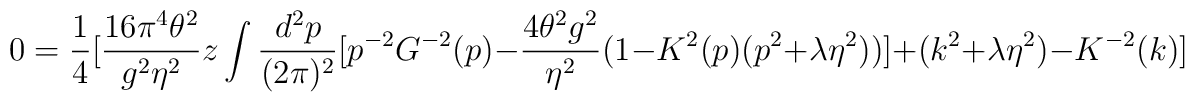
0=\frac{1}{4}[\frac{16 \pi^4 \theta^2}{g^2 \eta^2}z\int\frac{d^2p}{(2\pi)^2}[p^{-2}G^{-2}(p)-\frac{4\theta^2g^2}{\eta^2}(1-K^2(p)(p^2+\lambda \eta^2))]+(k^2+\lambda \eta^2)-K^{-2}(k)]